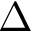
\Delta